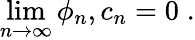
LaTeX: \operatorname*{lim}_{n\to\infty}\phi_{n},c_{n}=0\; .